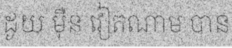
ដូយ ម៉ឺន វៀតណាម បាន